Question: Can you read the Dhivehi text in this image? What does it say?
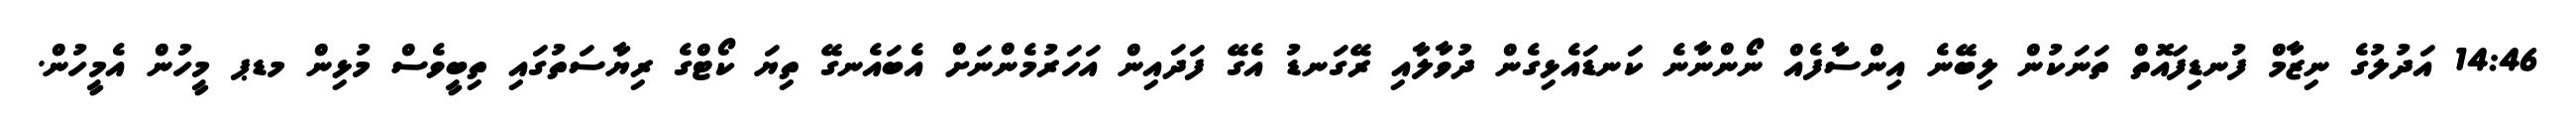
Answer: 14:46 އަދުލުގެ ނިޒާމް ފުނޑިފައޮތް ތަނަކުން ލިބޭނެ އިންސާފެއް ނޯންނާނެ ކަނޑައެޅިގެން ދުވާލާއި ރޭގަނޑު އެގޭ ފަދައިން އަހަރުމެންނަށް އެބައެނގޭ ތިޔަ ކޯޓްގެ ރިޔާސަތުގައި ތިބީވެސް މުޅިން މޑޕ މީހުން އެމީހުން.